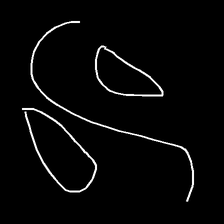
Glyph: water